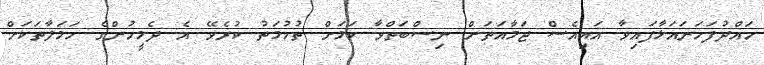
ހައްދުފަހަނައަޅާފައިވާ އައިއެސް ޖަމާއަތަށް ނިސްބަތްވާ ކަމަށް ތުހުމަތު ކުރެވޭ އެ ދެމީހުންގެ ހަމަލާތަކަށް